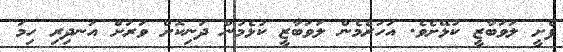
ފެށީ ލަވަބާޒީ ކުޅޭށެވެ. އަހަރެމެން ލަވަބާޒީ ކުޅެމުން ދަނިކޮށް ވަރަށް އަނދިރި ހިމަ